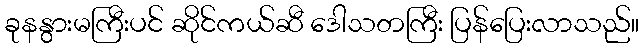
ခုနနွားမကြီးပင် ဆိုင်ကယ်ဆီ ဒေါသတကြီး ပြန်ပြေးလာသည်။